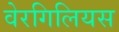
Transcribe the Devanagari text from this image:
वेरगिलियस